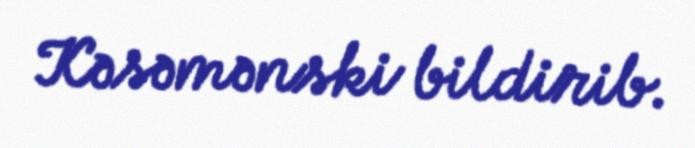
Kəsəmənski bildirib.